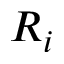
R _ { i }